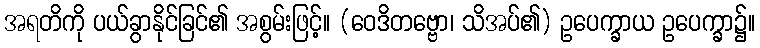
အရတိကို ပယ်ခွာနိုင်ခြင်၏ အစွမ်းဖြင့်။ (ဝေဒိတဗ္ဗော၊ သိအပ်၏) ဥပေက္ခာယ ဥပေက္ခာ၌။